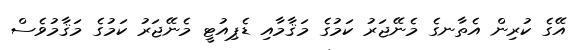
އޭގެ ކުރިން އެތާނގެ މެނޭޖަރު ކަމުގެ މަޤާމާއި ޑެޕިއުޓީ މެނޭޖަރު ކަމުގެ މަޤާމުވެސް